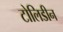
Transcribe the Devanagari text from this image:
टोलिडीन